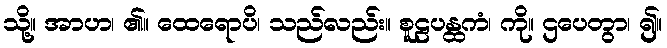
သို့။ အာဟ၊ ၏။ ထေရောပိ၊ သည်လည်း။ စူဠပန္ထကံ၊ ကို။ ဌပေတွာ၊ ၍။